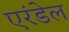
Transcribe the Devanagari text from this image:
एरंडेल